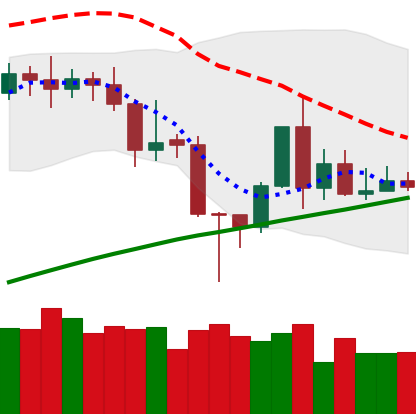
Ticker: TRX-USD
Chart end date: 2020-11-12
Forward return: 6.14%
Label: up_5_7